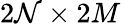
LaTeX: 2\mathcal{N}\times2M